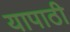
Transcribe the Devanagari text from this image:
यापाठी